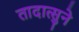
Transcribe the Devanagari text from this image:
तादात्सुने